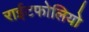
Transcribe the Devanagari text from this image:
राईटफोलियो